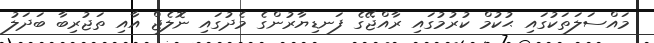
މައްސަލަތަކުގައި ޙުކުމް ކުރުމުގައި ރާއްޖޭގެ ފަނޑިޔާރުންގެ މެދުގައި ނޮލެޖް އާއި ތަޖުރިބާ ބަދަލު